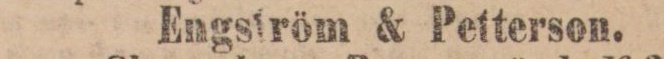
Engström & Petterson.